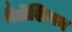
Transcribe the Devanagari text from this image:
गैलेशियन